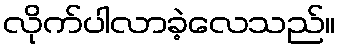
လိုက်ပါလာခဲ့လေသည်။